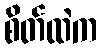
စိတ်ထဲက